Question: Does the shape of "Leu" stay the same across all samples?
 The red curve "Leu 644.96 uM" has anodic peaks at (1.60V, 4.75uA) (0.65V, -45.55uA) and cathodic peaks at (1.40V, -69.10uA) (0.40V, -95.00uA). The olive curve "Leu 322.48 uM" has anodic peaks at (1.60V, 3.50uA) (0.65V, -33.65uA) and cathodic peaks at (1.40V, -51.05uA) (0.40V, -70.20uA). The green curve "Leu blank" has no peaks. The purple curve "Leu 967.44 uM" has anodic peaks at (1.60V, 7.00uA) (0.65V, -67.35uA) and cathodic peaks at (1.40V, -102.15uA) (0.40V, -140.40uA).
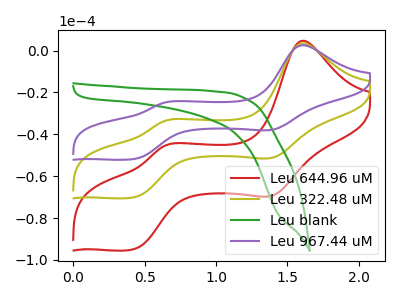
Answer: <think>All the peaks in "Leu 644.96 uM" have a peak in "Leu 322.48 uM" at the same potential. "Leu 644.96 uM" and "Leu blank" have a different number of peaks. All the peaks in "Leu 644.96 uM" have a peak in "Leu 967.44 uM" at the same potential. "Leu 322.48 uM" and "Leu blank" have a different number of peaks. All the peaks in "Leu 322.48 uM" have a peak in "Leu 967.44 uM" at the same potential. "Leu blank" and "Leu 967.44 uM" have a different number of peaks.
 </think>
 <answer>All the CV's of "Leu" have similar shape.</answer>
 <eval>follow_rule</eval>